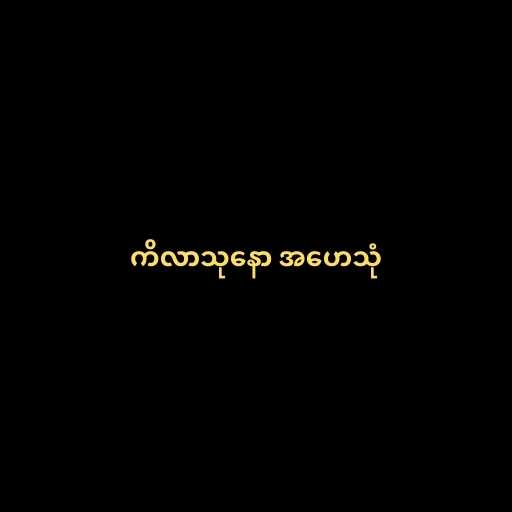
ကိလာသုနော အဟေသုံ